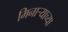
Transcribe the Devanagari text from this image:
मिनार्‍याच्या